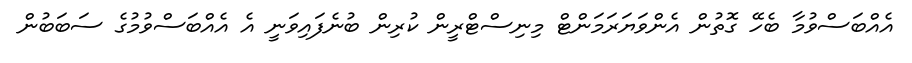
އެއްބަސްވުމާ ބެހޭ ގޮތުން އެންވަޔަރަމަންޓް މިނިސްޓްރީން ކުރިން ބުނެފައިވަނީ އެ އެއްބަސްވުމުގެ ސަބަބުން